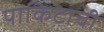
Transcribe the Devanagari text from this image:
पाकिटाची